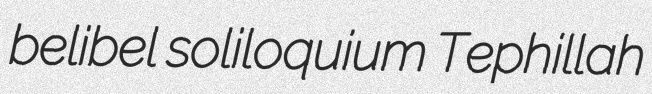
belibel soliloquium Tephillah